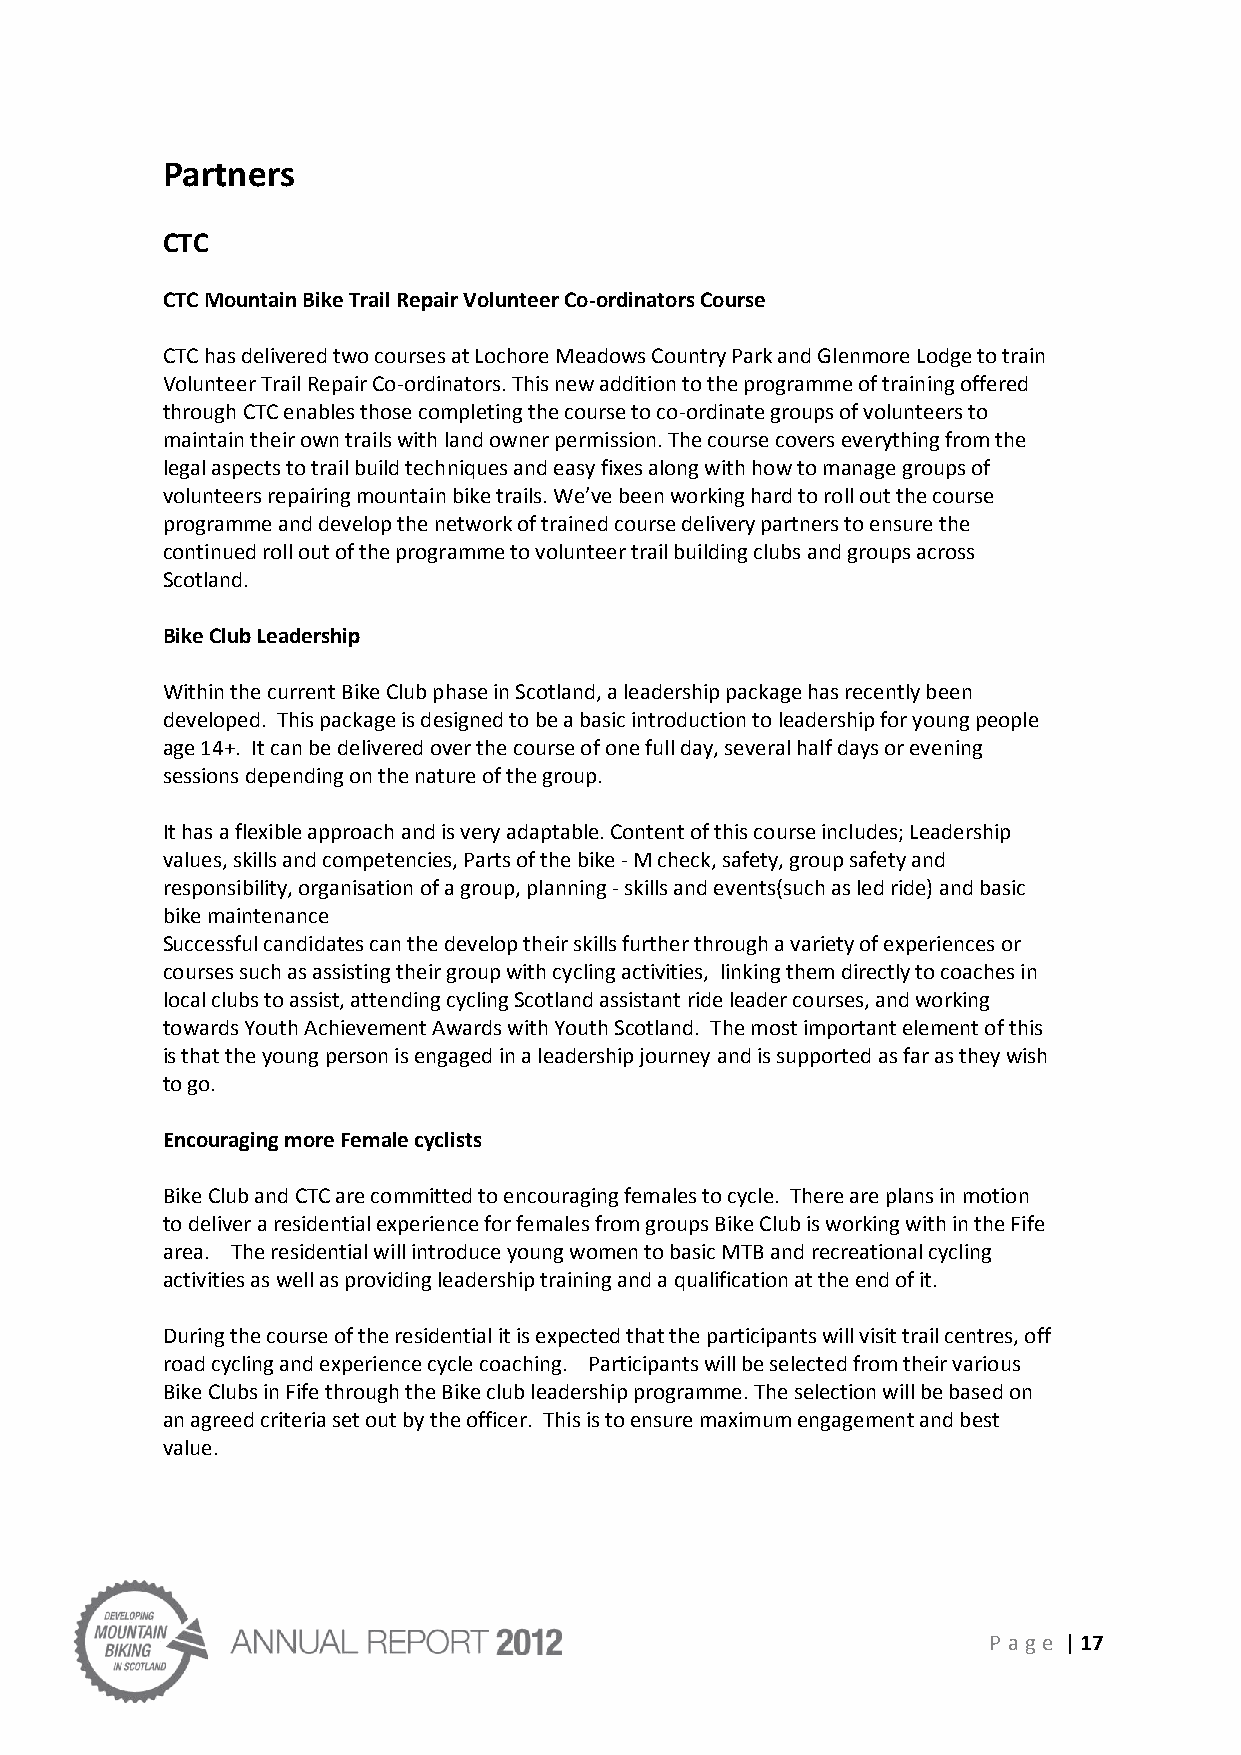
Partners
 CTC
 CTC Mountain Bike Trail Repair Volunteer Co-ordinators Course
 CTC has delivered two courses at Lochore Meadows Country Park and Glenmore Lodge to train
 Volunteer Trail Repair Co-ordinators. This new addition to the programme of training offered
 through CTC enables those completing the course to co-ordinate groups of volunteers to
 maintain their own trails with land owner permission. The course covers everything from the
 legal aspects to trail build techniques and easy fixes along with how to manage groups of
 volunteers repairing mountain bike trails. We’ve been working hard to roll out the course
 programme and develop the network of trained course delivery partners to ensure the
 continued roll out of the programme to volunteer trail building clubs and groups across
 Scotland.
 Bike Club Leadership
 Within the current Bike Club phase in Scotland, a leadership package has recently been
 developed. This package is designed to be a basic introduction to leadership for young people
 age 14+. It can be delivered over the course of one full day, several half days or evening
 sessions depending on the nature of the group.
 It has a flexible approach and is very adaptable. Content of this course includes; Leadership
 values, skills and competencies, Parts of the bike - M check, safety, group safety and
 responsibility, organisation of a group, planning - skills and events(such as led ride) and basic
 bike maintenance
 Successful candidates can the develop their skills further through a variety of experiences or
 courses such as assisting their group with cycling activities, linking them directly to coaches in
 local clubs to assist, attending cycling Scotland assistant ride leader courses, and working
 towards Youth Achievement Awards with Youth Scotland. The most important element of this
 is that the young person is engaged in a leadership journey and is supported as far as they wish
 to go.
 Encouraging more Female cyclists
 Bike Club and CTC are committed to encouraging females to cycle. There are plans in motion
 to deliver a residential experience for females from groups Bike Club is working with in the Fife
 area. The residential will introduce young women to basic MTB and recreational cycling
 activities as well as providing leadership training and a qualification at the end of it.
 During the course of the residential it is expected that the participants will visit trail centres, off
 road cycling and experience cycle coaching. Participants will be selected from their various
 Bike Clubs in Fife through the Bike club leadership programme. The selection will be based on
 an agreed criteria set out by the officer. This is to ensure maximum engagement and best
 value.
 P age | 17